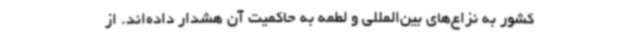
کشور به نزاع‌های بین‌المللی و لطمه به حاکمیت آن هشدار داده‌اند. از